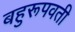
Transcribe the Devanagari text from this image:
बहुरूपवती